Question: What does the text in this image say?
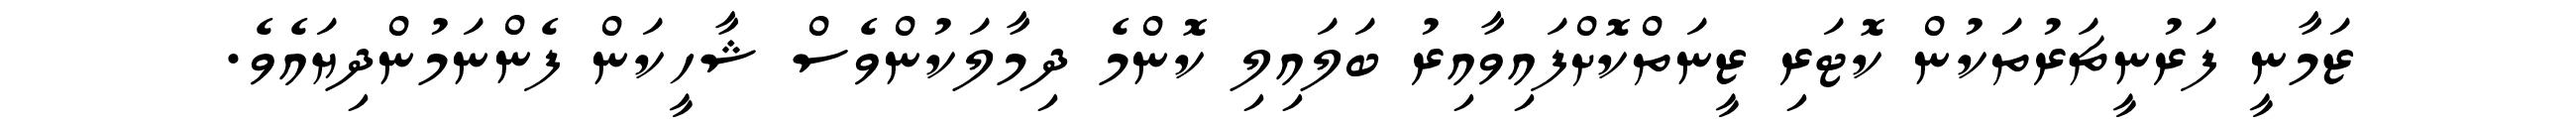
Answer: ޒަމާނީ ފަރުނީޗަރުތަކުން ކޮޓަރި ޒީނަތްކޮށްފައިވާއިރު ބަލައިލި ކޮންމެ ދިމާލަކުންވެސް ޝާހީކަން ފެންނަމުންދިޔައެވެ.